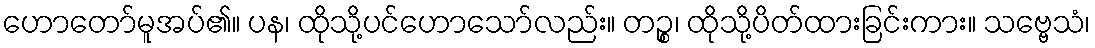
ဟောတော်မူအပ်၏။ ပန၊ ထိုသို့ပင်ဟောသော်လည်း။ တဉ္စ၊ ထိုသို့ပိတ်ထားခြင်းကား။ သဗ္ဗေသံ၊